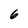
Character: 6